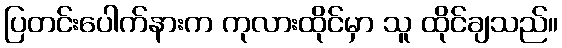
ပြတင်းပေါက်နားက ကုလားထိုင်မှာ သူ ထိုင်ချသည်။